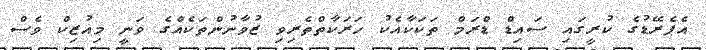
އެޕެރޭޑުގެ ކުރީގައި ސައިޑް ޑްރަމް ތަކަކާއެކު ހަރަކާތްތެރިވި ޒުވާނުންތަކެއްގެ ވަނީ މިއުޒިކް ވެސް